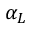
\alpha _ { L }